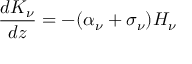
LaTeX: { \frac { d K _ { \nu } } { d z } } = - ( \alpha _ { \nu } + \sigma _ { \nu } ) H _ { \nu }